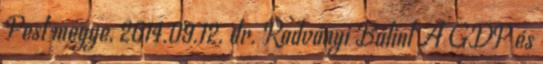
Pest megye, 2014.09.12. dr. Radványi Bálint A GDP és